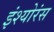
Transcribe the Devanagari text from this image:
इंश्योरंस